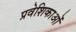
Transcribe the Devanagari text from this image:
प्रवेशिकाओं